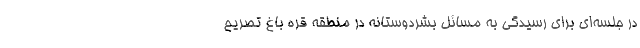
در جلسه‌ای برای رسیدگی به مسائل بشردوستانه در منطقه قره باغ تصریح